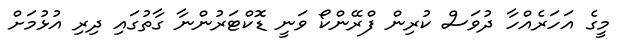
މީގެ އަހަރެއްހާ ދުވަސް ކުރިން ފްރޭންކޯ ވަނީ ޑޮކްޓަރުންނާ ގާތުގައި ދިރި އުޅުމަށް